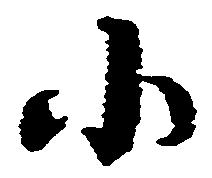
小